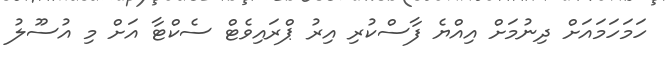
ހަމަހަމައަށް ދިނުމަށް އިއްޔެ ފާސްކުރި އިރު ޕްރައިވެޓް ސެކްޓާ އަށް މި އުސޫލު